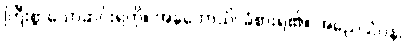
ကြီးစွာသောဆင်းရဲကို။ အနုဘောသိ၊ ခံစားရ၏။ အညေသံပန၊